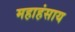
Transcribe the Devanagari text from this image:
महाहंसाय